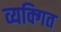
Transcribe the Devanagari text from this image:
व्यक्गित